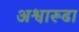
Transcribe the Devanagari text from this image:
अश्वारूढा